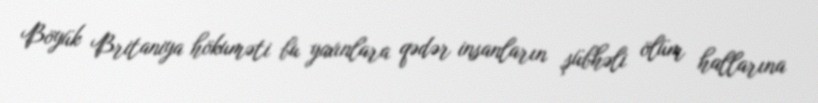
Böyük Britaniya hökuməti bu yaxınlara qədər insanların şübhəli ölüm hallarına